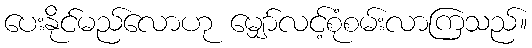
ပေးနိုင်မည်လောဟု မျှော်လင့်စုံစမ်းလာကြသည်။